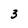
Character: 3